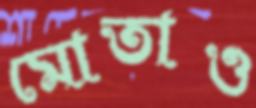
মোতাও